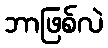
ဘာဖြစ်လဲ